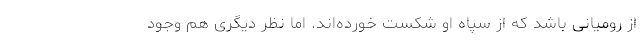
از رومیانی باشد که از سپاه او شکست خورده‌اند. اما نظر دیگری هم وجود